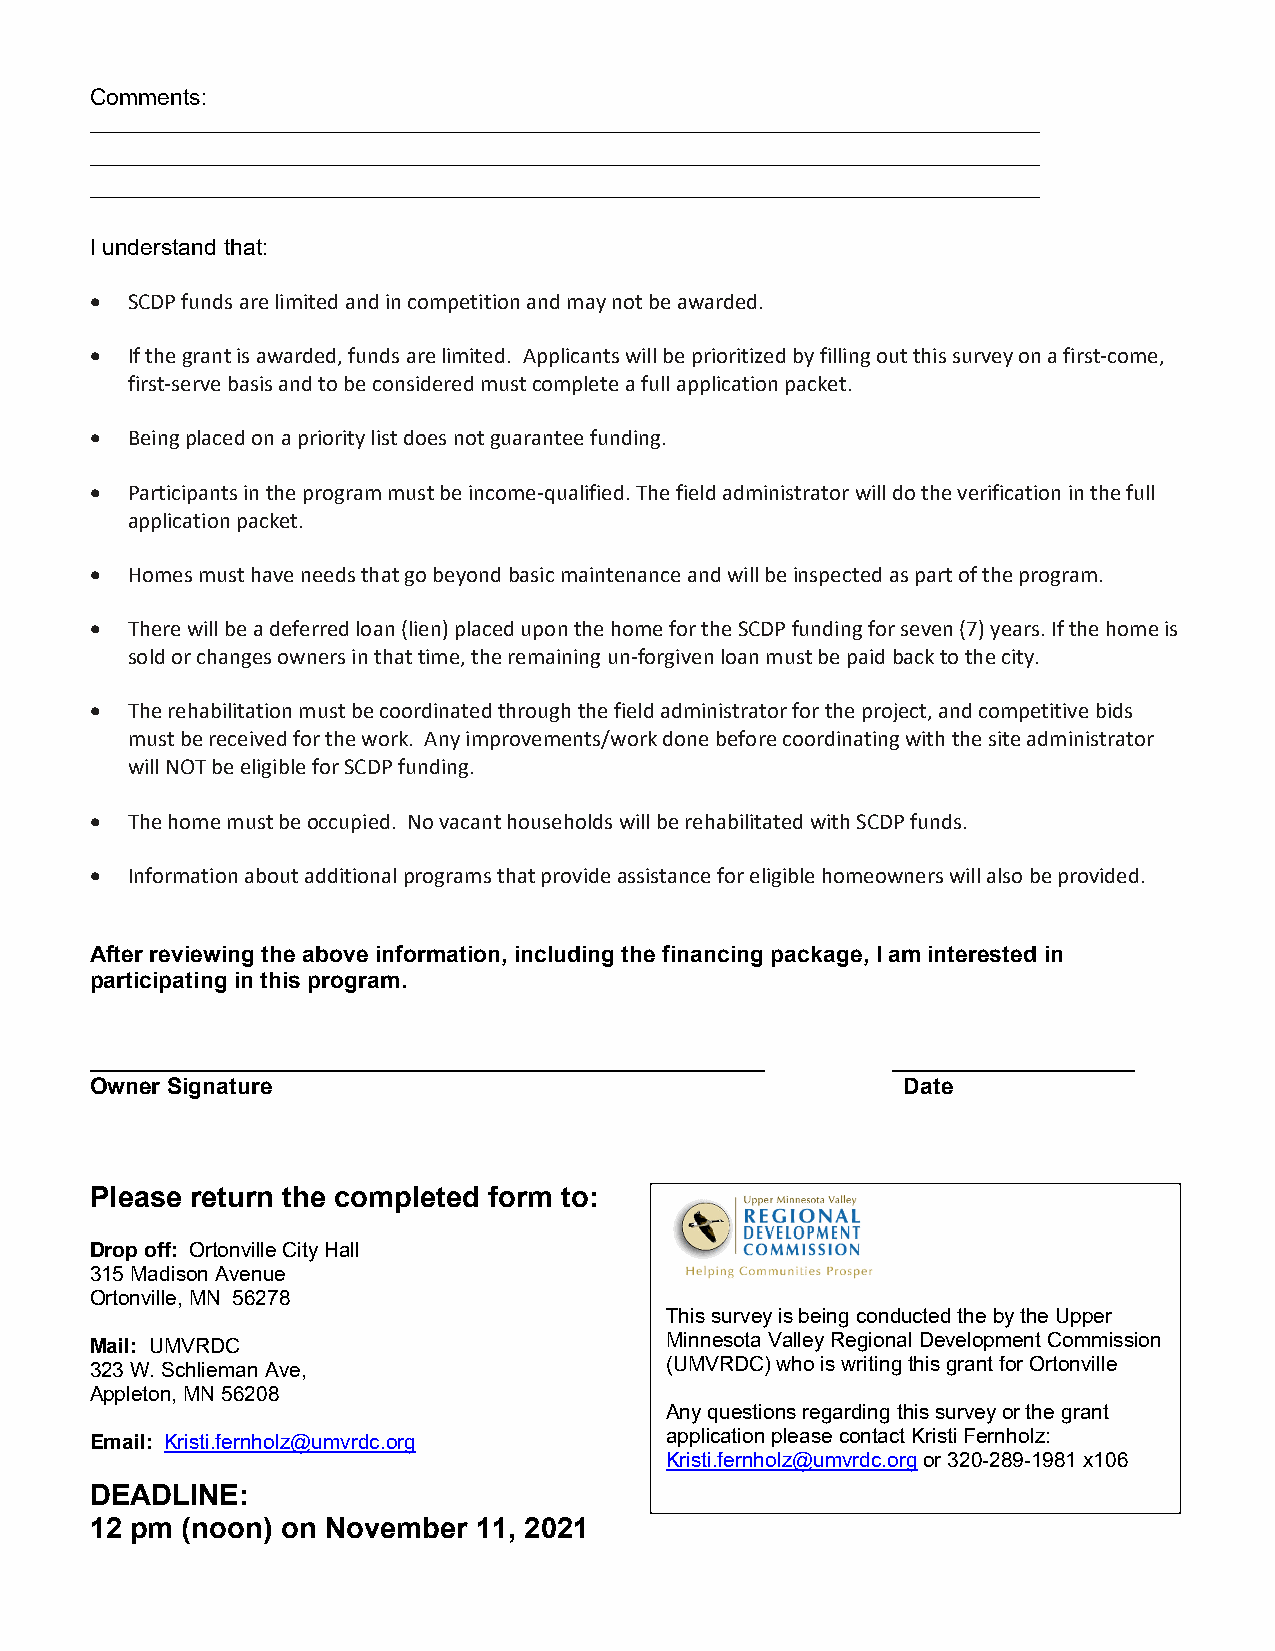
Comments:
 __________________________________________________________________________________
 __________________________________________________________________________________
 __________________________________________________________________________________
 I understand that:
  SCDP funds are limited and in competition and may not be awarded.
  If the grant is awarded, funds are limited. Applicants will be prioritized by filling out this survey on a first‐come,
 first‐serve basis and to be considered must complete a full application packet.
  Being placed on a priority list does not guarantee funding.
  Participants in the program must be income‐qualified. The field administrator will do the verification in the full
 application packet.
  Homes must have needs that go beyond basic maintenance and will be inspected as part of the program.
  There will be a deferred loan (lien) placed upon the home for the SCDP funding for seven (7) years. If the home is
 sold or changes owners in that time, the remaining un‐forgiven loan must be paid back to the city.
  The rehabilitation must be coordinated through the field administrator for the project, and competitive bids
 must be received for the work. Any improvements/work done before coordinating with the site administrator
 will NOT be eligible for SCDP funding.
  The home must be occupied. No vacant households will be rehabilitated with SCDP funds.
  Information about additional programs that provide assistance for eligible homeowners will also be provided.
 After reviewing the above information, including the financing package, I am interested in
 participating in this program.
 _____________________________________________________ ___________________
 Owner Signature                                       Date
 Please return the completed form to:
 Drop off: Ortonville City Hall
 315 Madison Avenue
 Ortonville, MN 56278
 This survey is being conducted the by the Upper
 Mail: UMVRDC                          Minnesota Valley Regional Development Commission
 323 W. Schlieman Ave,                 (UMVRDC) who is writing this grant for Ortonville
 Appleton, MN 56208
 Any questions regarding this survey or the grant
 Email: Kristi.fernholz@umvrdc.org     application please contact Kristi Fernholz:
 Kristi.fernholz@umvrdc.org or 320-289-1981 x106
 DEADLINE:
 12 pm (noon) on November 11, 2021